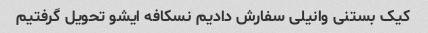
کیک بستنی وانیلی سفارش دادیم نسکافه ایشو تحویل گرفتیم